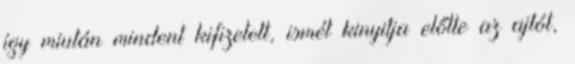
így miután mindent kifizetett, ismét kinyitja előtte az ajtót,